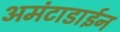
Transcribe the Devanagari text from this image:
अमंटाडाईन